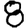
Digit: 8